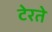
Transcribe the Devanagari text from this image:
टेरते